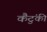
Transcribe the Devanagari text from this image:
कैंटुंकी